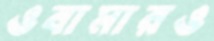
ওবামারও